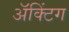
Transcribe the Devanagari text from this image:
अॅक्टिंग